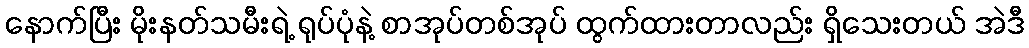
နောက်ပြီး မိုးနတ်သမီးရဲ့ ရုပ်ပုံနဲ့ စာအုပ်တစ်အုပ် ထွက်ထားတာလည်း ရှိသေးတယ် အဲဒီ